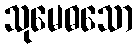
သုမေဓသော